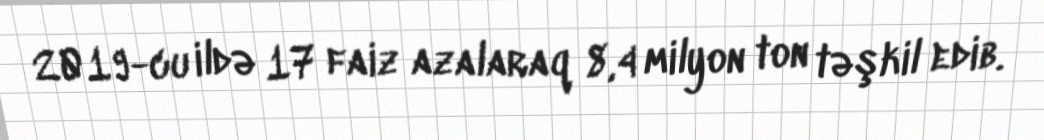
2019-cu ildə 17 faiz azalaraq 8,4 milyon ton təşkil edib.